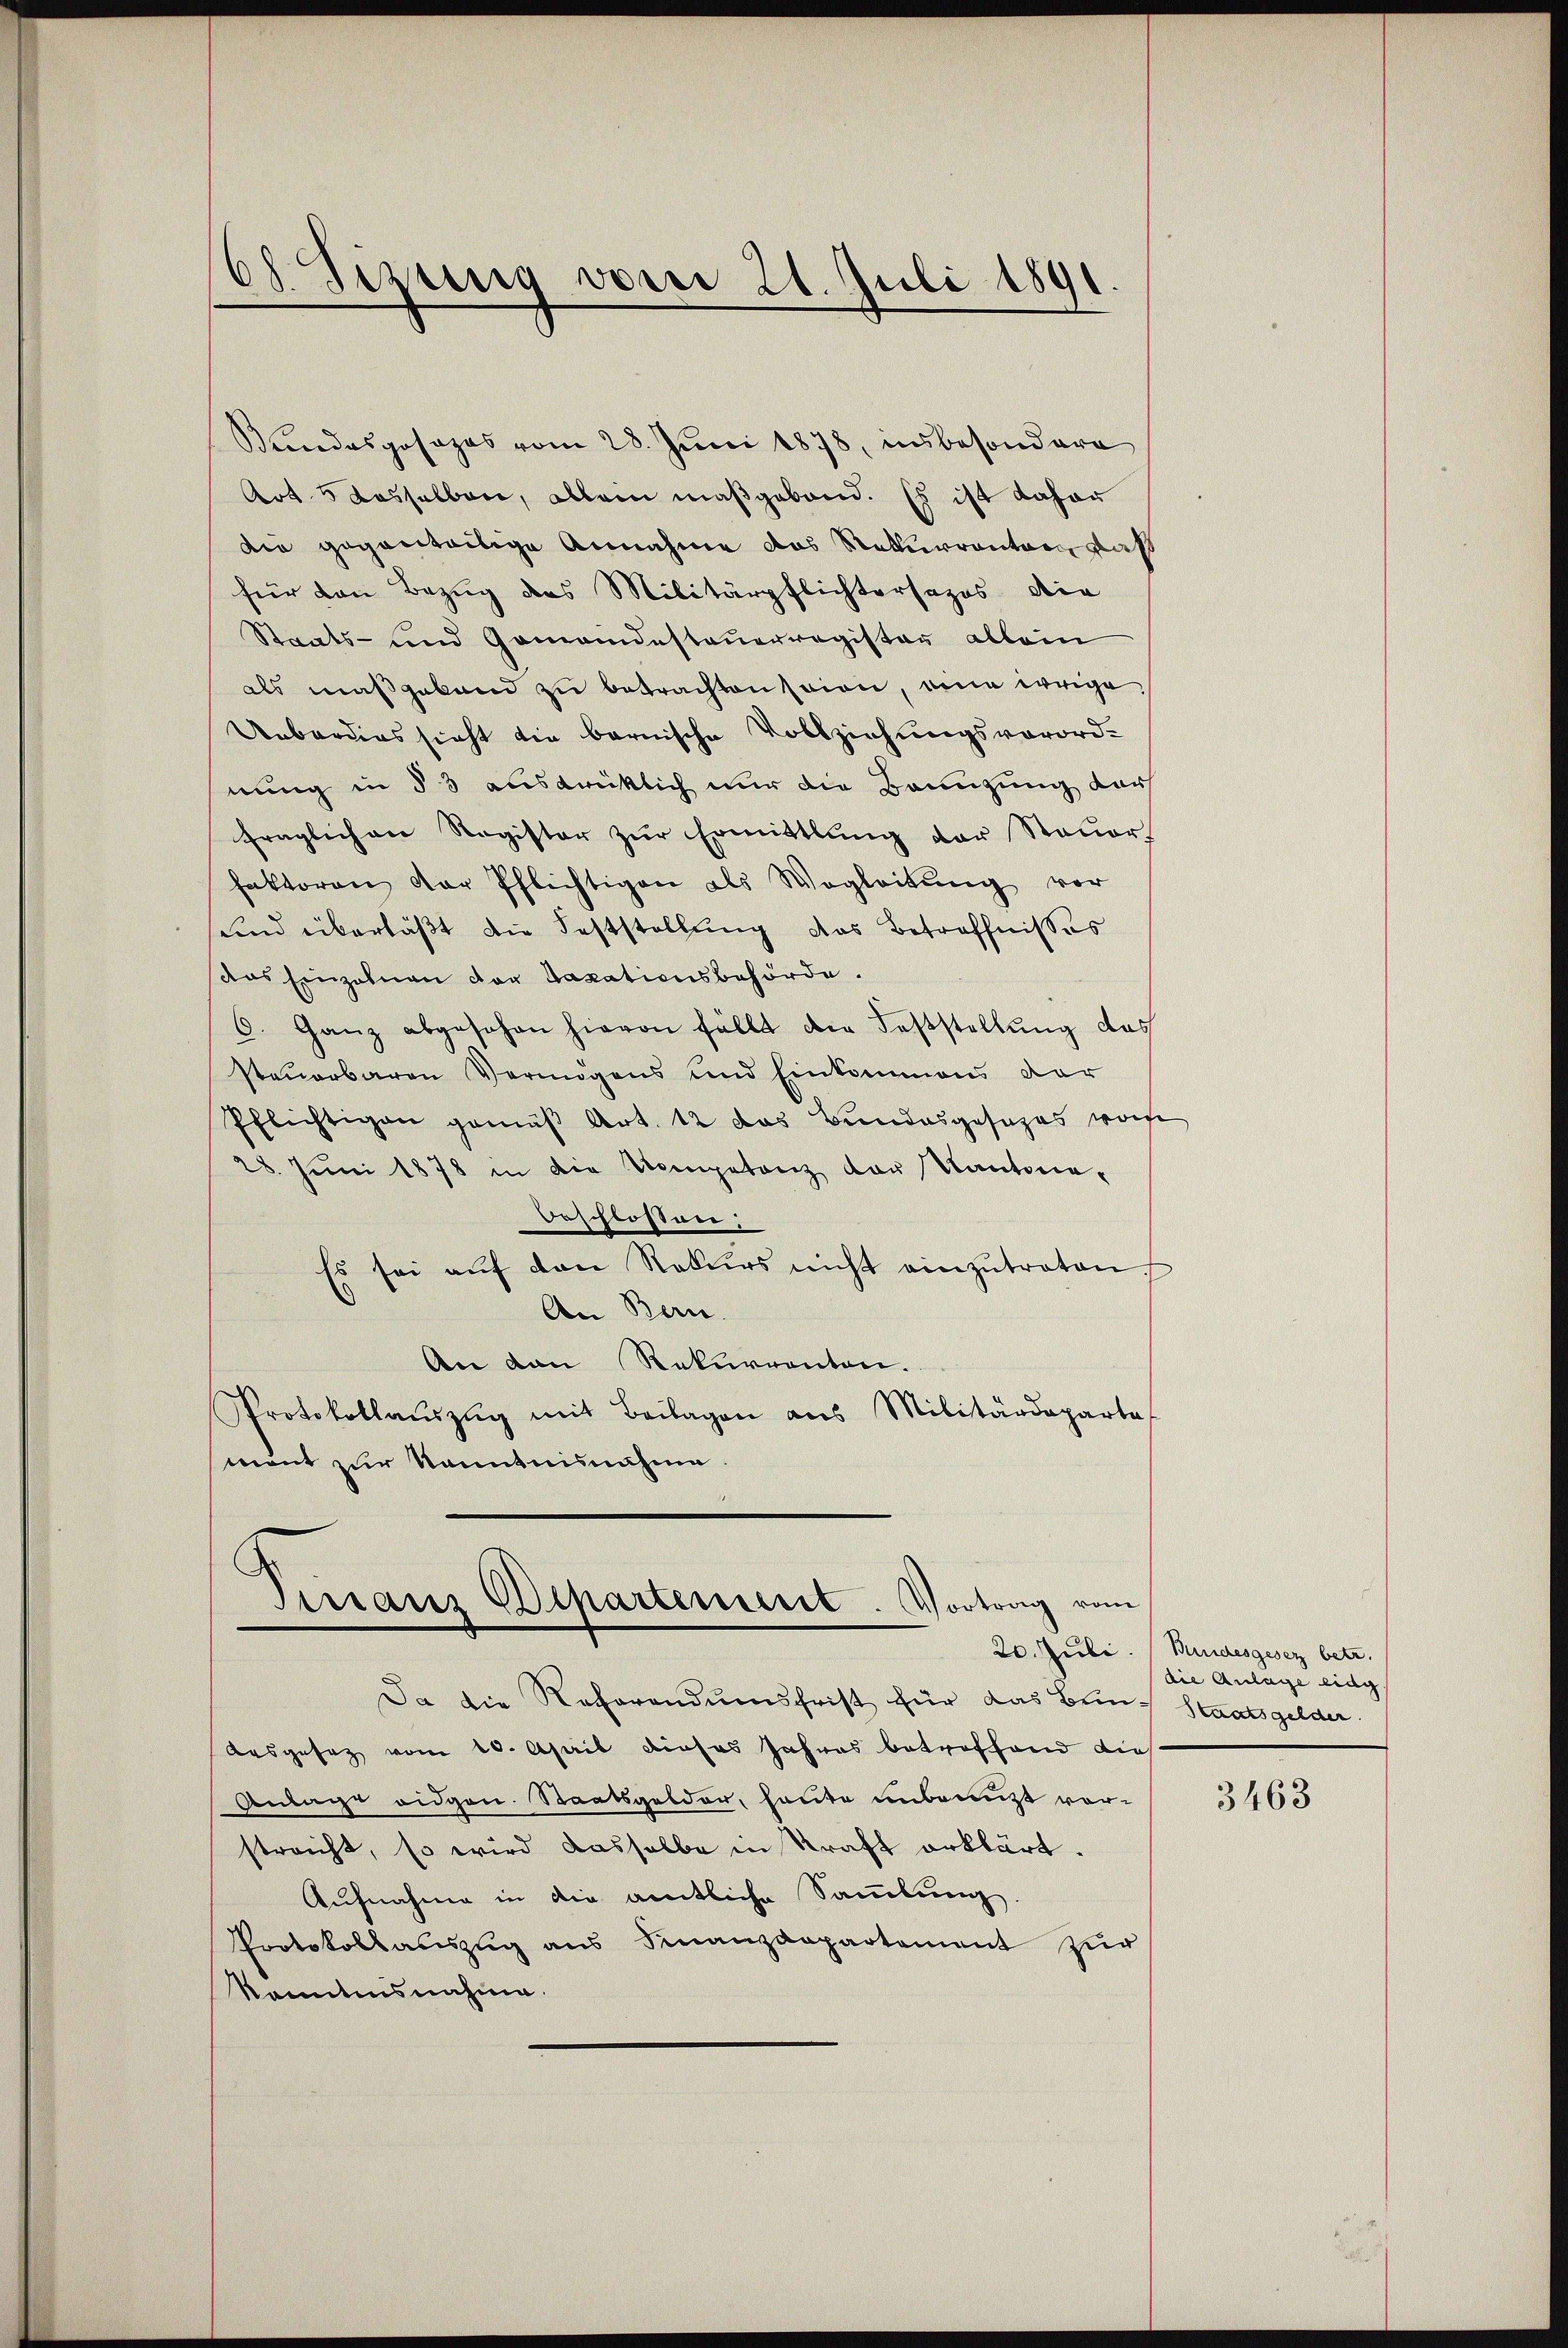
61. Sizung vom 21. Juli 1891

Bendasposazes vom 28. Juni 1878, insbesondere
Art. 5 dasselben, allein maßgeband. Es ist daher
die geganteilige Annahme das Naturranter glas
für den Bezug des Militärpflichtersages die
Staats- und Gomandesteuerregister allein
als maßgeband zu betrachten seien, eine weige,
Ueberdies sicht die bernische Vollziehungsverordnung in § 3 ausdrücklich nur die Bannzung darf
fraglichen Register zur Ermittlung der Steuer
faktoren der Pflichtigen als Wegleitŭng vor
sind überläßt die Feststellung das Betreffnisses
das Einzelnen der Taxationsbehörde.
6. Ganz abgesehen hievon fällt die Feststellung das
steuerbaren Vermögens und Einkommens der
Pflichtigen gemäβ Art. 12 das Bundesgesezes wohe
28. Juni 1878 in die Kompetenz der Kantonabeschlossen:
Es sei aŭf den Rekurs nicht einzŭtreten.
An Bern.
An den Rekurrenten.
Protokollaŭszŭg mit Beilagen aus Militärdeparte
mont zur Kenntnisnahme.

Sirranz Departement. Vortrag vom

Da die Referandumsfrist für das Ben-Staatsgelder.
Ausgesez vom 20. April dieses Jahres betreffend dies
Antage eidgen. Staatsgelder, heute unbeant vorstreicht, so wird dasselbe in Kraft erklärt.
Aufnahme in die amtliche Sammlung.
Protokollauszug aus Finanzdepartement zur
kanntnisnahme.

20. Juli. Bundesgesez betr.
die Anlage eidg.

3463